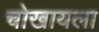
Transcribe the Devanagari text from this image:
चोखायला